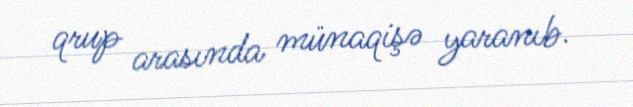
qrup arasında münaqişə yaranıb.